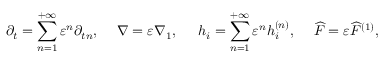
{ \partial _ { t } } = \sum _ { n = 1 } ^ { + \infty } { { \varepsilon ^ { n } } { \partial _ { t n } } , } \; \; \; \; \; \nabla = \varepsilon { \nabla _ { 1 } } , \; \; \; \; \; { h _ { i } } = \sum _ { n = 1 } ^ { + \infty } { { \varepsilon ^ { n } } h _ { i } ^ { \left( n \right) } , } \; \; \; \; \; \widehat F = \varepsilon { \widehat F ^ { \left( 1 \right) } } ,